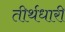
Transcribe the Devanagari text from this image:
तीर्थधारी